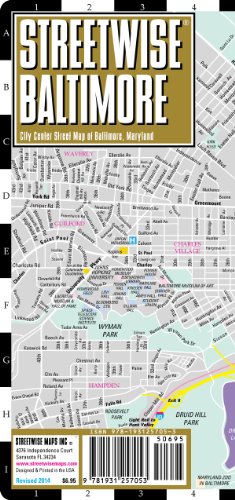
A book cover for Streetwise Baltimore Map - Laminated City Center Street Map of Baltimore, Maryland - Folding pocket size travel map with light rail & metro; Streetwise Maps; Travel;